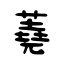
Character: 蕘